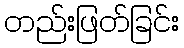
တည်းဖြတ်ခြင်း